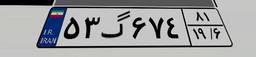
۵۳گ۶۷۴۸۱